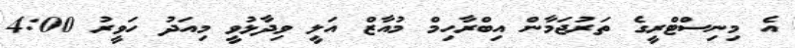
އެ މިނިސްޓްރީގެ ތަރުޖަމާން އިބްރާހިމް މުއާޒް އަލީ ވިދާޅުވީ މިއަދު ހަވީރު 4:00